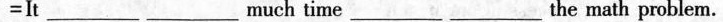
=t___ __much time___the math problem.